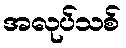
အလုပ်သစ်